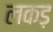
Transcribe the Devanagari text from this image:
लकड़